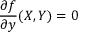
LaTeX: { \frac { \partial f } { \partial y } } ( X , Y ) = 0